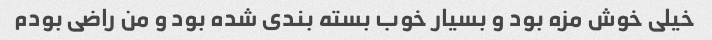
خیلی خوش مزه بود و بسیار خوب بسته بندی شده بود و من راضی بودم